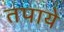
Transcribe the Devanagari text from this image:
तपाये